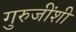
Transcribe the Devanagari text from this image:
गुरुजींशी